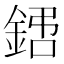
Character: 𨧙